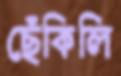
ছেঁকিলি